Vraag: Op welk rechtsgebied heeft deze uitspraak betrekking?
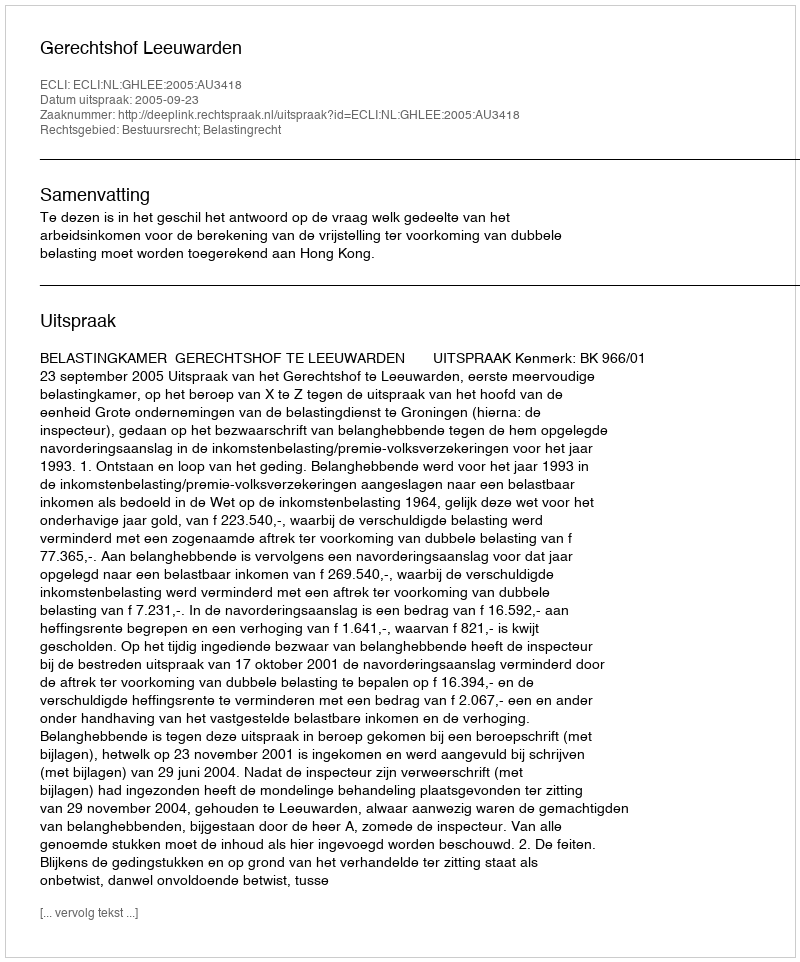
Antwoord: Bestuursrecht; Belastingrecht